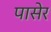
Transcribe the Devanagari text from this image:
पासेर